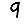
Digit: 9